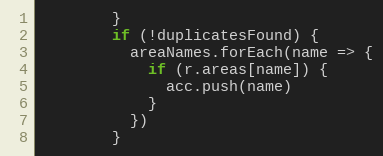
Language: JavaScript
        }
        if (!duplicatesFound) {
          areaNames.forEach(name => {
            if (r.areas[name]) {
              acc.push(name)
            }
          })
        }